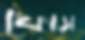
ফোড়া